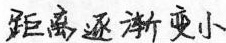
距离逐渐变小